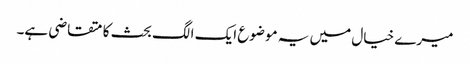
میرے خیال میں یہ موضوع ایک الگ بحث کا متقاضی ہے۔